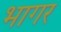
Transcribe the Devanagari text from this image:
भागर